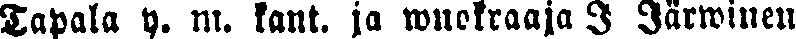
Tapala y. m. kant. ja wuokraaja J Järwinen